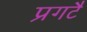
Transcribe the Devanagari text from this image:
प्रगटै